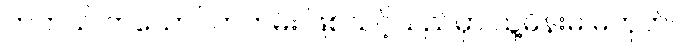
တကယ် ကယောင်ကတမ်း ဖြစ်သင့်သည်မှာ သူ့မိန်းမ မဟုတ်။